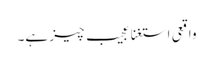
واقعی استغنا عجیب چیز ہے۔